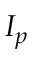
I _ { p }